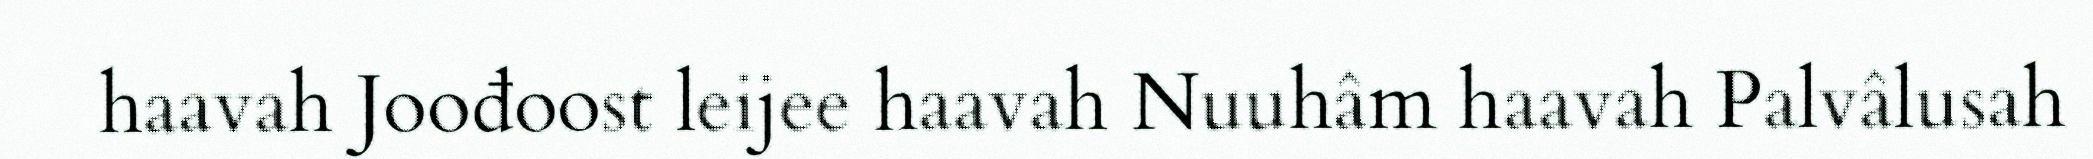
haavah Joođoost leijee haavah Nuuhâm haavah Palvâlusah